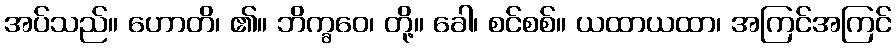
အပ်သည်။ ဟောတိ၊ ၏။ ဘိက္ခဝေ၊ တို့။ ခေါ၊ စင်စစ်။ ယထာယထာ၊ အကြင်အကြင်